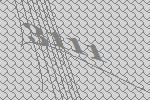
3111